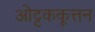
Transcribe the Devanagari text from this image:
ओट्टककूत्तन